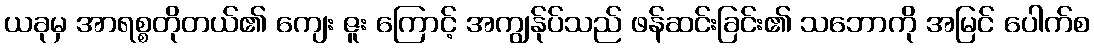
ယခုမှ အာရစ္စတိုတယ်၏ ကျေး ဇူး ကြောင့် အကျွန်ုပ်သည် ဖန်ဆင်းခြင်း၏ သဘောကို အမြင် ပေါက်စ